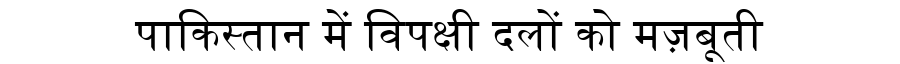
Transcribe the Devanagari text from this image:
पाकिस्तान में विपक्षी दलों को मज़बूती